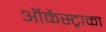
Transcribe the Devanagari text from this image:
ऑर्केस्ट्राका